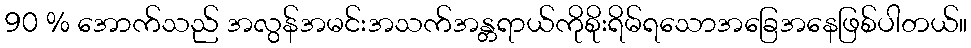
90 % အောက်သည် အလွန်အမင်းအသက်အန္တရာယ်ကိုစိုးရိမ်ရသောအခြေအနေဖြစ်ပါတယ်။